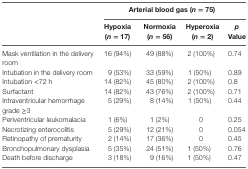
<table><thead><tr><td rowspan="2"></td><td colspan="4"><b>Arterial blood gas (<i>n</i> = 75)</b></td></tr><tr><td><b>Hypoxia (<i>n</i> = 17)</b></td><td><b>Normoxia (<i>n</i> = 56)</b></td><td><b>Hyperoxia (<i>n</i> = 2)</b></td><td><b><i>p</i> Value</b></td></tr></thead><tbody><tr><td>Mask ventilation in the delivery room</td><td>16 (94%)</td><td>49 (88%)</td><td>2 (100%)</td><td>0.74</td></tr><tr><td>Intubation in the delivery room</td><td>9 (53%)</td><td>33 (59%)</td><td>1 (50%)</td><td>0.89</td></tr><tr><td>Intubation &lt;72 h</td><td>14 (82%)</td><td>45 (80%)</td><td>2 (100%)</td><td>0.8</td></tr><tr><td>Surfactant</td><td>14 (82%)</td><td>43 (76%)</td><td>2 (100%)</td><td>0.71</td></tr><tr><td>Intraventricular hemorrhage grade ≥3</td><td>5 (29%)</td><td>8 (14%)</td><td>1 (50%)</td><td>0.44</td></tr><tr><td>Periventricular leukomalacia</td><td>1 (6%)</td><td>1 (2%)</td><td>0</td><td>0.25</td></tr><tr><td>Necrotizing enterocolitis</td><td>5 (29%)</td><td>12 (21%)</td><td>0</td><td>0.054</td></tr><tr><td>Retinopathy of prematurity</td><td>2 (14%)</td><td>17 (36%)</td><td>0</td><td>0.45</td></tr><tr><td>Bronchopulmonary dysplasia</td><td>5 (35%)</td><td>24 (51%)</td><td>1 (50%)</td><td>0.76</td></tr><tr><td>Death before discharge</td><td>3 (18%)</td><td>9 (16%)</td><td>1 (50%)</td><td>0.47</td></tr></tbody></table>